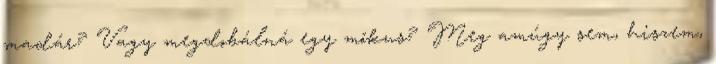
madár? Vagy megdobálná egy mókus? Meg amúgy sem, hiszem,